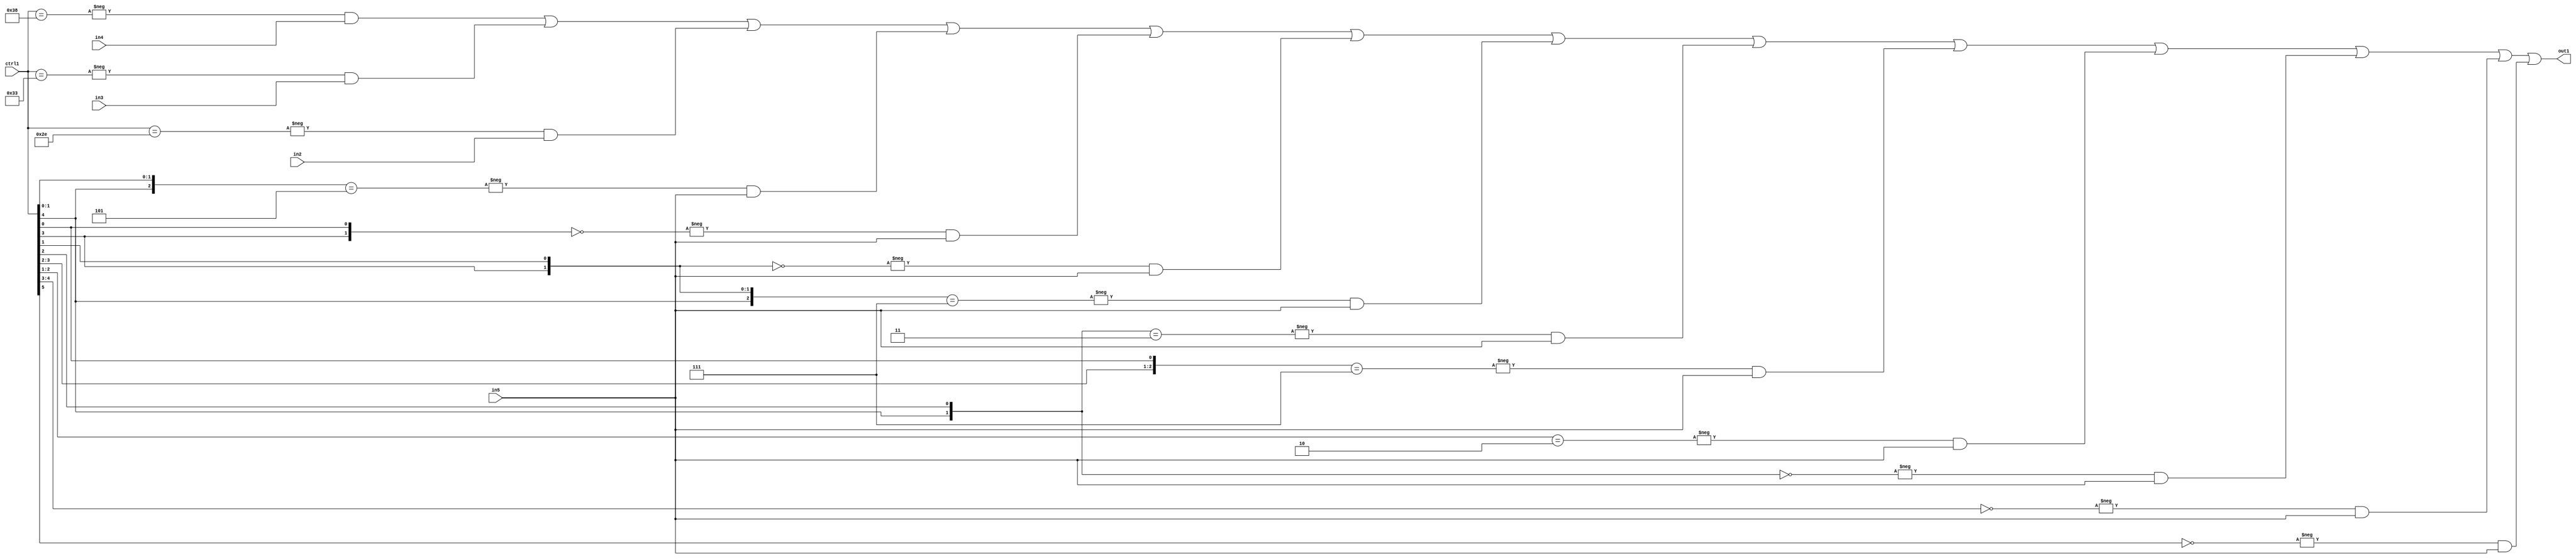
`timescale 1ps / 1ps
/*****************************************************************************
    Verilog RTL Description
    
    
    Created by: Stratus DpOpt 21.05.01 
*******************************************************************************/

module SobelFilter_N_Mux_32_4_37_1 (
	in5,
	in4,
	in3,
	in2,
	ctrl1,
	out1
	); /* architecture "behavioural" */ 
input [31:0] in5;
input [8:0] in4,
	in3,
	in2;
input [5:0] ctrl1;
output [31:0] out1;
wire [31:0] asc001;

assign asc001 = 
	-{ctrl1 == 6'B111000} & in4 |
	-{ctrl1 == 6'B110011} & in3 |
	-{ctrl1 == 6'B101110} & in2 |
	-{{ctrl1[4], ctrl1[1:0]} == 3'B101} & in5 |
	-{{ctrl1[3], ctrl1[0]} == 2'B00} & in5 |
	-{{ctrl1[3], ctrl1[1]} == 2'B00} & in5 |
	-{{ctrl1[4:3], ctrl1[1]} == 3'B111} & in5 |
	-{{ctrl1[4], ctrl1[2]} == 2'B11} & in5 |
	-{{ctrl1[3:2], ctrl1[0]} == 3'B111} & in5 |
	-{ctrl1[2:1] == 2'B10} & in5 |
	-{{ctrl1[4], ctrl1[2]} == 2'B00} & in5 |
	-{ctrl1[4:3] == 2'B00} & in5 |
	-{ctrl1[5] == 1'B0} & in5 ;

assign out1 = asc001;
endmodule

/* CADENCE  vLX2SgE= : u9/ySxbfrwZIxEzHVQQV8Q== ** DO NOT EDIT THIS LINE ******/